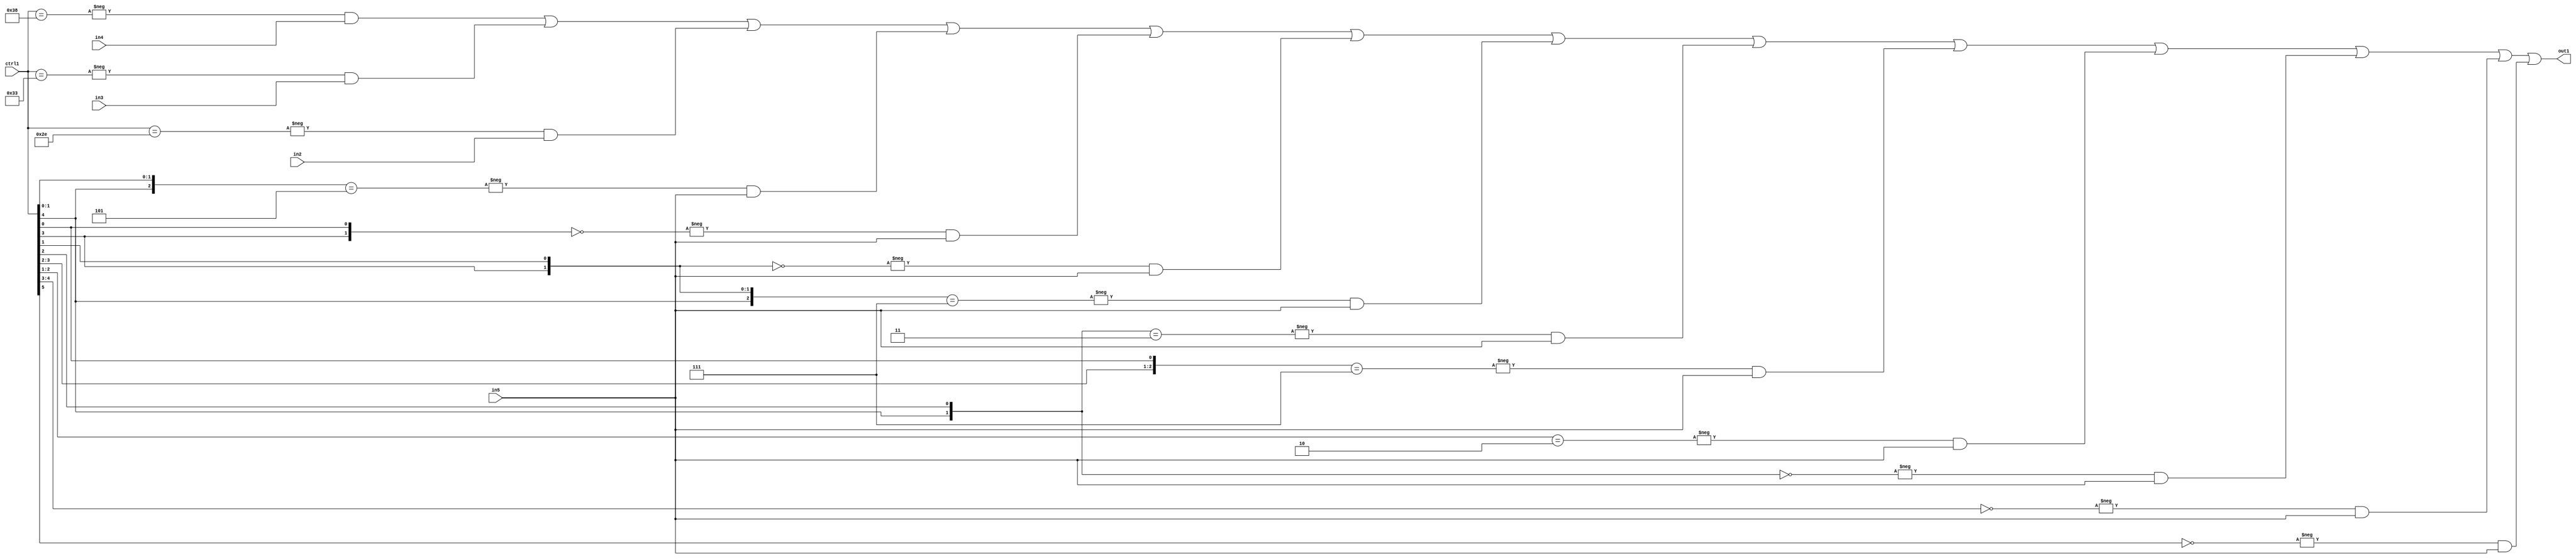
`timescale 1ps / 1ps
/*****************************************************************************
    Verilog RTL Description
    
    
    Created by: Stratus DpOpt 21.05.01 
*******************************************************************************/

module SobelFilter_N_Mux_32_4_37_1 (
	in5,
	in4,
	in3,
	in2,
	ctrl1,
	out1
	); /* architecture "behavioural" */ 
input [31:0] in5;
input [8:0] in4,
	in3,
	in2;
input [5:0] ctrl1;
output [31:0] out1;
wire [31:0] asc001;

assign asc001 = 
	-{ctrl1 == 6'B111000} & in4 |
	-{ctrl1 == 6'B110011} & in3 |
	-{ctrl1 == 6'B101110} & in2 |
	-{{ctrl1[4], ctrl1[1:0]} == 3'B101} & in5 |
	-{{ctrl1[3], ctrl1[0]} == 2'B00} & in5 |
	-{{ctrl1[3], ctrl1[1]} == 2'B00} & in5 |
	-{{ctrl1[4:3], ctrl1[1]} == 3'B111} & in5 |
	-{{ctrl1[4], ctrl1[2]} == 2'B11} & in5 |
	-{{ctrl1[3:2], ctrl1[0]} == 3'B111} & in5 |
	-{ctrl1[2:1] == 2'B10} & in5 |
	-{{ctrl1[4], ctrl1[2]} == 2'B00} & in5 |
	-{ctrl1[4:3] == 2'B00} & in5 |
	-{ctrl1[5] == 1'B0} & in5 ;

assign out1 = asc001;
endmodule

/* CADENCE  vLX2SgE= : u9/ySxbfrwZIxEzHVQQV8Q== ** DO NOT EDIT THIS LINE ******/